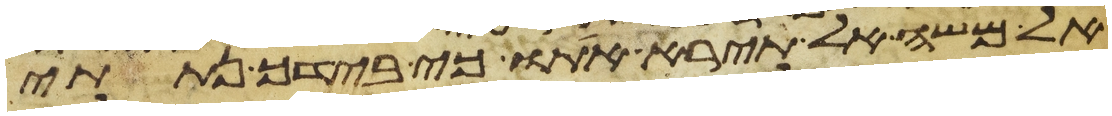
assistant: אל משה אל תירא אתו כי בידך נתתי